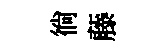
徜藤